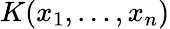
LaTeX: K(x_{1},\ldots,x_{n})